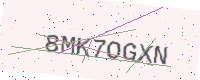
Text: 8MK7OGXN